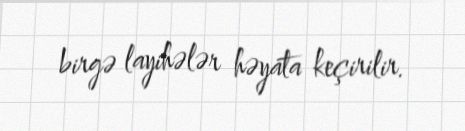
birgə layihələr həyata keçirilir.